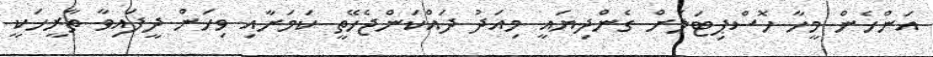
އަންހެން މީހާ ހޮސްޕިޓަލަށް ގެންދިޔައީ މިއަދު ދައްކަންޖެހޭތީ ކަމަށާއި ވިހަން ދީފައިވާ ތާރީހަކީ